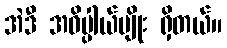
အဲဒီ အဓိပ္ပါယ်မျိုး ရှိတယ်။